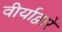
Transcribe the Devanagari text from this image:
वीर्याद्वारे